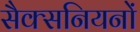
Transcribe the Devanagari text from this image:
सैक्सनियनों